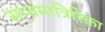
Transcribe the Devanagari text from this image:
सप्तमात्रिरिका